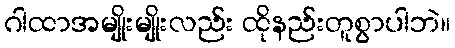
ဂါထာအမျိုးမျိုးလည်း ထိုနည်းတူစွာပါဘဲ။